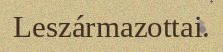
Leszármazottai.